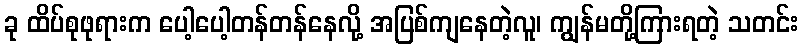
ခု ထိပ်စုဖုရားက ပေါ့ပေါ့တန်တန်နေလို့ အပြစ်ကျနေတဲ့လူ၊ ကျွန်မတို့ကြားရတဲ့ သတင်း